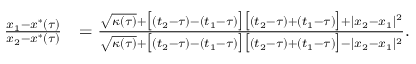
\begin{array} { r l } { \frac { x _ { 1 } - x ^ { * } ( \tau ) } { x _ { 2 } - x ^ { * } ( \tau ) } } & { = \frac { \sqrt { \kappa ( \tau ) } + \big [ ( t _ { 2 } - \tau ) - ( t _ { 1 } - \tau ) \big ] \big [ ( t _ { 2 } - \tau ) + ( t _ { 1 } - \tau ) \big ] + | x _ { 2 } - x _ { 1 } | ^ { 2 } } { \sqrt { \kappa ( \tau ) } + \big [ ( t _ { 2 } - \tau ) - ( t _ { 1 } - \tau ) \big ] \big [ ( t _ { 2 } - \tau ) + ( t _ { 1 } - \tau ) \big ] - | x _ { 2 } - x _ { 1 } | ^ { 2 } } . } \end{array}